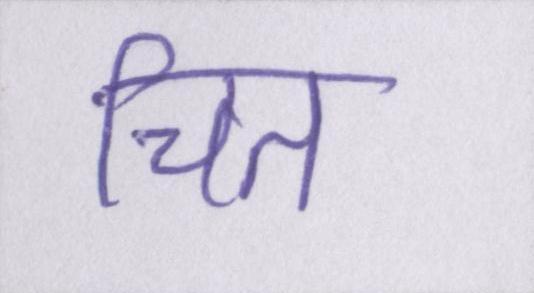
चित